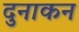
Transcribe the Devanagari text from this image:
दुनाकन